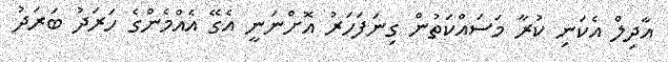
އާދިލް އެކަނި ކުރާ މަސައްކަތުން ގިނަފަހަރު އޮށްނަނީ އެގޭ އެއްމެންގެ ހަރަދު ބަރަދު